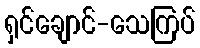
ရှင်ချောင်-သေကြပ်